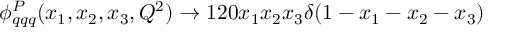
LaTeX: \phi _ { q q q } ^ { P } ( x _ { 1 } , x _ { 2 } , x _ { 3 } , Q ^ { 2 } ) \rightarrow 1 2 0 x _ { 1 } x _ { 2 } x _ { 3 } \delta ( 1 - x _ { 1 } - x _ { 2 } - x _ { 3 } )